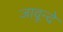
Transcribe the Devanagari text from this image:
जावून्दे